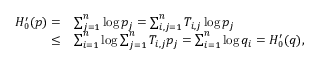
\begin{array} { r l } { H _ { 0 } ^ { \prime } ( p ) = } & { \sum _ { j = 1 } ^ { n } \log { p _ { j } } = \sum _ { i , j = 1 } ^ { n } T _ { i , j } \log { p _ { j } } } \\ { \leq } & { \sum _ { i = 1 } ^ { n } \log { \sum _ { j = 1 } ^ { n } T _ { i , j } p _ { j } } = \sum _ { i = 1 } ^ { n } \log { q _ { i } } = H _ { 0 } ^ { \prime } ( q ) , } \end{array}